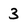
Character: 3